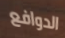
الدوافع